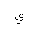
Letter: _ya